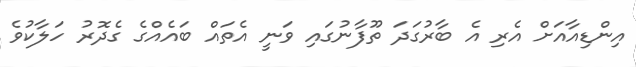
އިންޑިއާއަށް އެރި އެ ބާރުގަދަ ތޫފާނުގައި ވަނީ އެތައް ބައެއްގެ ގެދޮރު ހަލާކުވެ